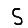
Digit: 5